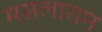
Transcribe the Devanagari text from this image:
मसलाराम